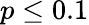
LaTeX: p\leq 0.1